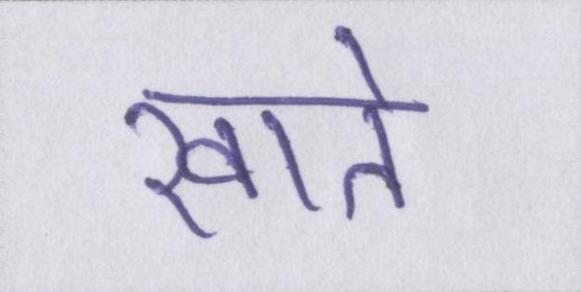
खाते